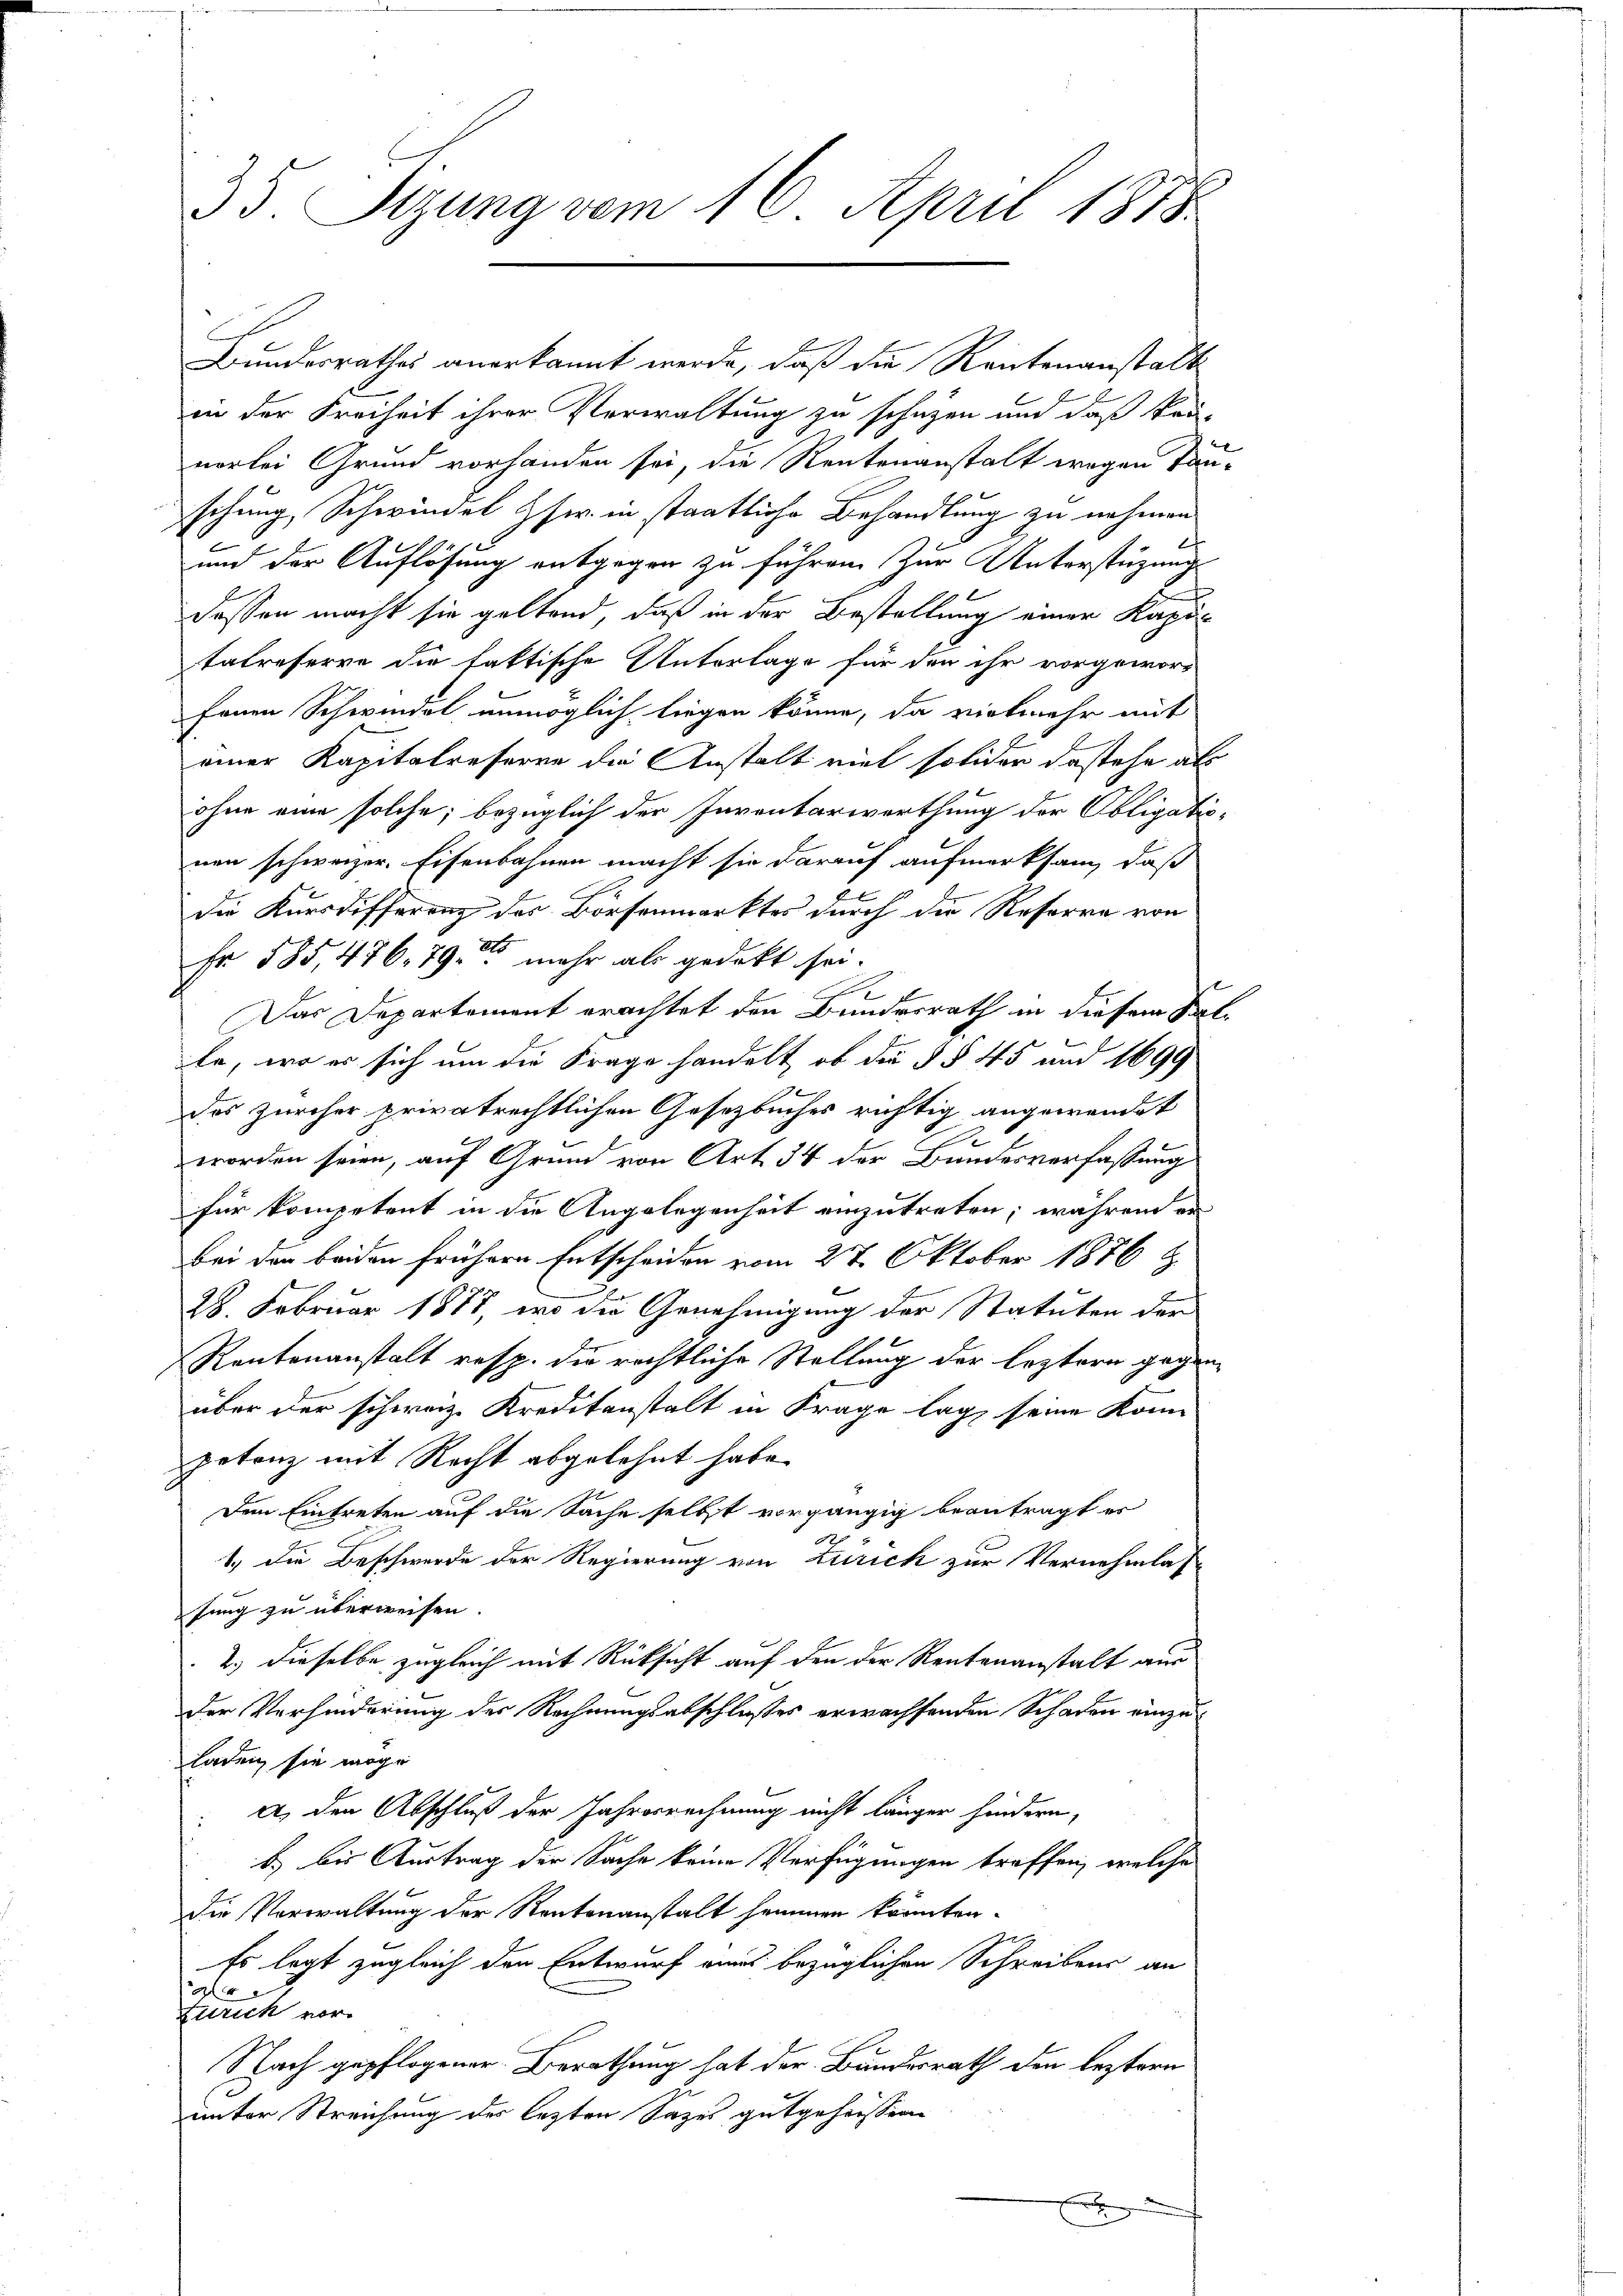
35. Sizung vom 16. April 1818.

Bundesrathes anerkannt werde, daß die Rentenanstalt
E
in der Freiheit ihrer Verwaltung zu schützen und daß kan-
vorlei Grund vorhanden sei, die Rentenanstalt wegen Tauschung, Schwindel Isw. in staatliche Behandlung zu nehmen
und der Auflösung entgegen zu führen. Zur Unterstüzungs
dessen macht sie geltend, daß in der Bestellung einer Kapitatreserve die faktische Unterlage für den ihr vorgeword
fenen Schwindel unmöglich liegen könne, da vielmehr mit
einer Kapitalreferne die Anstalt viel solider dastehe als
ohne eine solche; bezüglich der Inventarwerthung der Obligatinen schweizer. Eisenbahnen macht sie darauf aufmerksam, daß
die Kursdifferenz des Börsenmarktes durch die Reserra von
Fr 585, 476, 79 mehr als gedeckt sei.
f
Das Departement erachtet den Bundesrath in diesem Sat
te, wo er sich um die Frage handelt, ob die §§ 45 und 1699
des Zürcher privatrechtlichen Gesetzbuches richtig angewendet
A
worden seien, auf Grund von Art. 34 der Bundesverfassung
für kompetent in die Angelegenheit einzutreten; während en
Bei der beiden frühern Entscheiden vom 27. Oktober 1876 Z.
28. Februar 1877, wo die Genehmigung der Statuten der
Rentenanstalt resp. die rechtliche Stellung der leztern gegenüber der schweiz. Kreditanstalt in Frage lag seine konn
petenz mit Recht abgelehnt habe.
Dem Eintreten auf die Sache selbst vorgängig beantragt er
A
1.) Die Beschwerde der Regierung von Turich zur Vernehmlas
sung zu überweisen.
2.) dieselbe zugleich mit Rücksicht auf den der Rentenanstalt aus
Der Verhinderung des Rechnungsabschlußes erwachsenden Schaden einzu¬
Laden sie wege
a. den Abschluß der Jahresrechnung nicht länger hindern,
b) bis Austrag der Sache keine Verfügungen treffen, welche
die Verwaltung der Rentenanstalt hemmen könnten.
Es legt zugleich den Entwurf eines bezüglichen Schreibens an
1
Zürich vor
Nach gepflogener Berathung hat der Bundesrath den leztern
unter Streichung des lezten Sazes gutgeheissenen

e
E